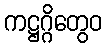
ကဋ္ဌဂ္ဂိတွေဝ